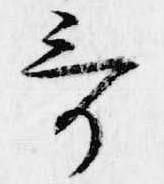
哥